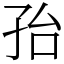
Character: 孡